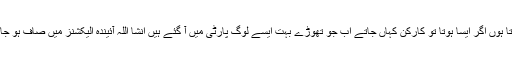
اب سوچتا ہوں اگر ایسا ہوتا تو کارکن کہاں جاتے اب جو تھوڑے بہت ایسے لوگ پارٹی میں آ گئے ہیں انشا اللہ آئیندہ الیکشنز میں صاف ہو جائیں گے۔